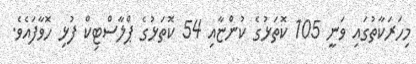
މިހަރަކާތުގައި ވަނީ 105 ކޮތަޅުގެ ކުންޏާއި 54 ކޮތަޅުގެ ޕްލާސްޓިކް ފުޅި ހޮވާފައެވެ.